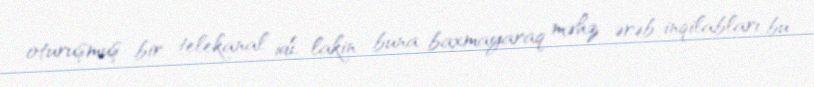
oturuşmuş bir telekanal idi, lakin buna baxmayaraq məhz ərəb inqilabları bu